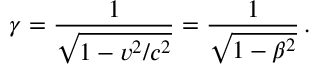
\gamma = \frac { 1 } { \sqrt { 1 - v ^ { 2 } / c ^ { 2 } } } = \frac { 1 } { \sqrt { 1 - \beta ^ { 2 } } } \, .